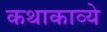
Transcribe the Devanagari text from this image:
कथाकाव्ये